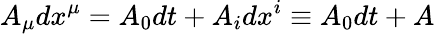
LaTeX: A_{\mu}dx^{\mu}=A_{0}dt+A_{i}dx^{i}\equiv A_{0}dt+A